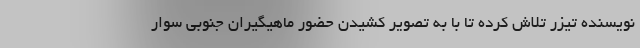
نویسنده تیزر تلاش کرده تا با به تصویر کشیدن حضور ماهیگیران جنوبی سوار